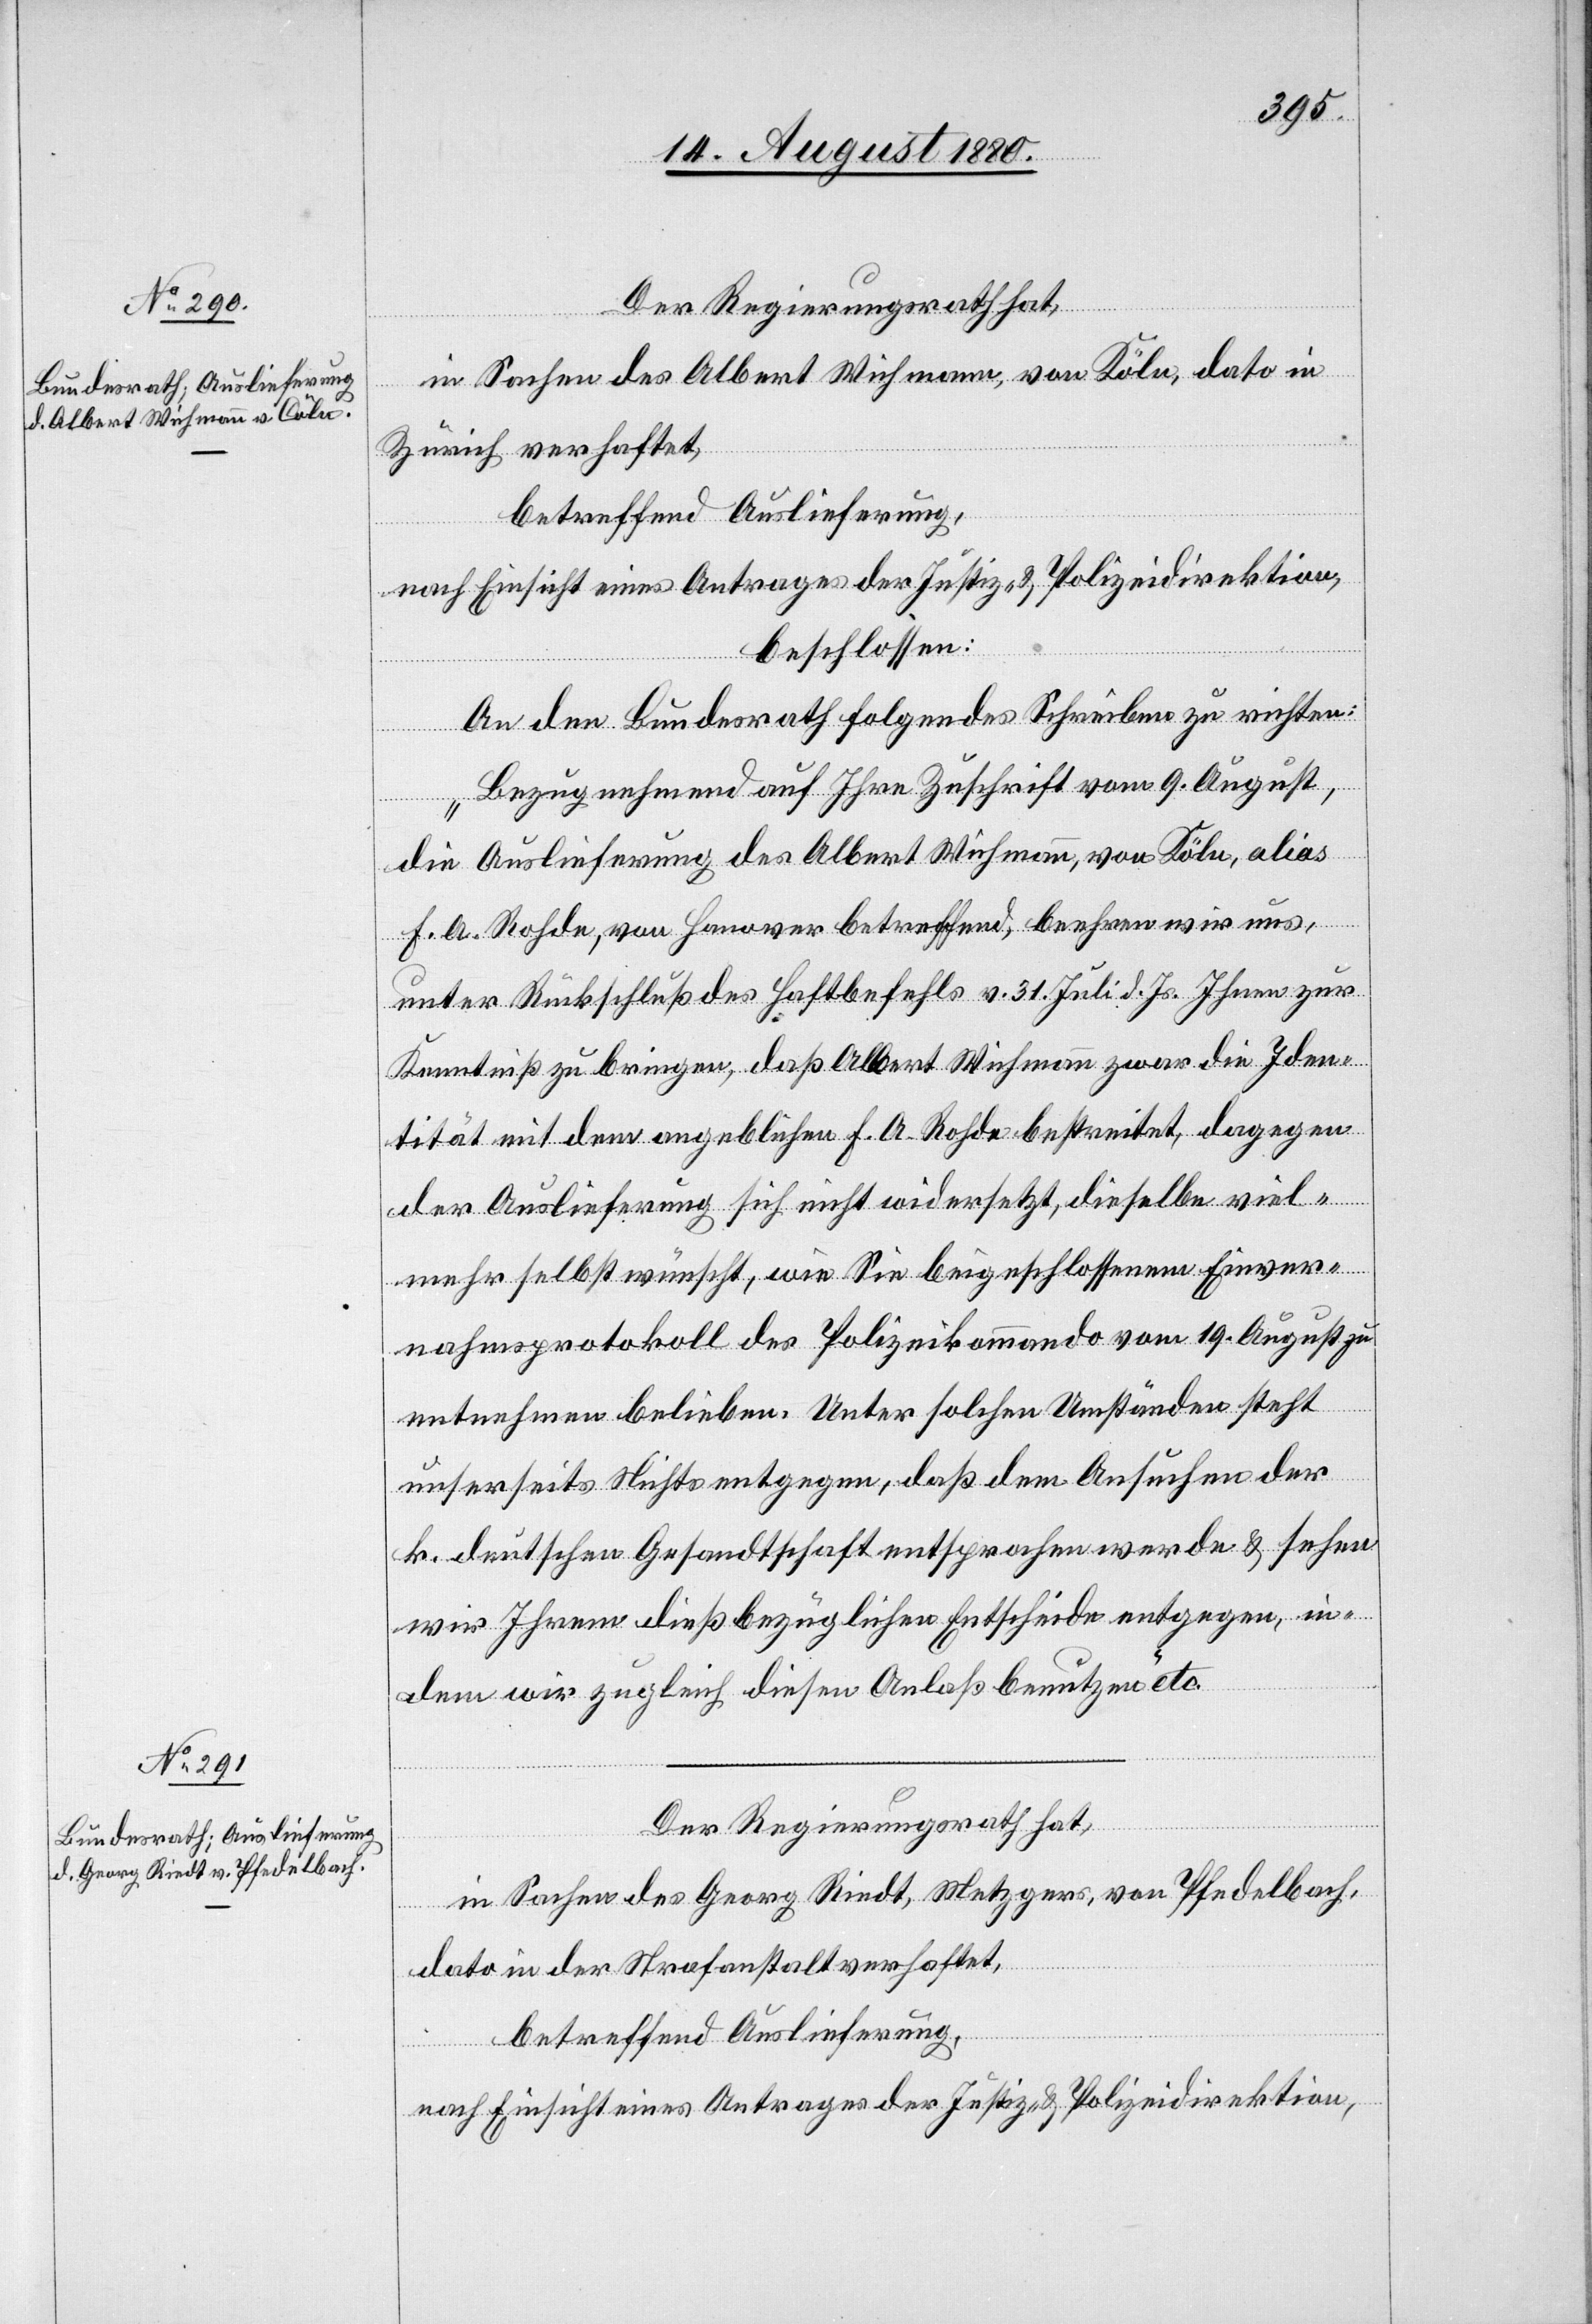
19. August 1880.]
Der Regierungsrath hat,
in Sachen des Albert Wichmann, von Köln, dato in
Zürich verhaftet,
betreffend Auslieferung,
nach Einsicht eines Antrages der Justiz- & Polizeidirektion,
beschlossen:
An den Bundesrath folgendes Schreiben zu richten:
„Bezugnehmend auf Ihre Zuschrift vom 9. August,
die Auslieferung des Albert Wichmann, von Köln, alias
F. A. Rohde, von Hanover betreffend, beehren wir uns,
unter Rückschluß des Haftbefehls v. 31. Juli d. Js. Ihnen zur
Kenntniß zu bringen, daß Albert Wichmann zwar die Iden¬
tität mit dem angeblichen F. A. Rohde bestreitet, dagegen
der Auslieferung sich nicht widersetzt, dieselbe viel¬
mehr selbst wünscht, wie Sie beigeschlossenem Einver¬
nahmsprotokoll des Polizeikommando vom 19. August zu
entnehmen belieben. Unter solchen Umständen steht
unserseits Nichts entgegen, daß dem Ansuchen der
k. deutschen Gesandtschaft entsprochen werde & sehen
wir Ihrem dießbezüglichen Entscheide entgegen, in¬
dem wir zugleich diesen Anlaß benutzen“ etc.
in Sachen des Georg Rindt, Metzgers, von Pfedelbach,
dato in der Strafanstalt verhaftet,
betreffend Auslieferung,
nach Einsicht eines Antrages der Justiz- & Polizeidirektion,